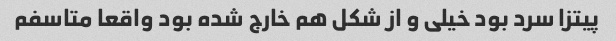
پیتزا سرد بود خیلی و از شکل هم خارج شده بود واقعا متاسفم